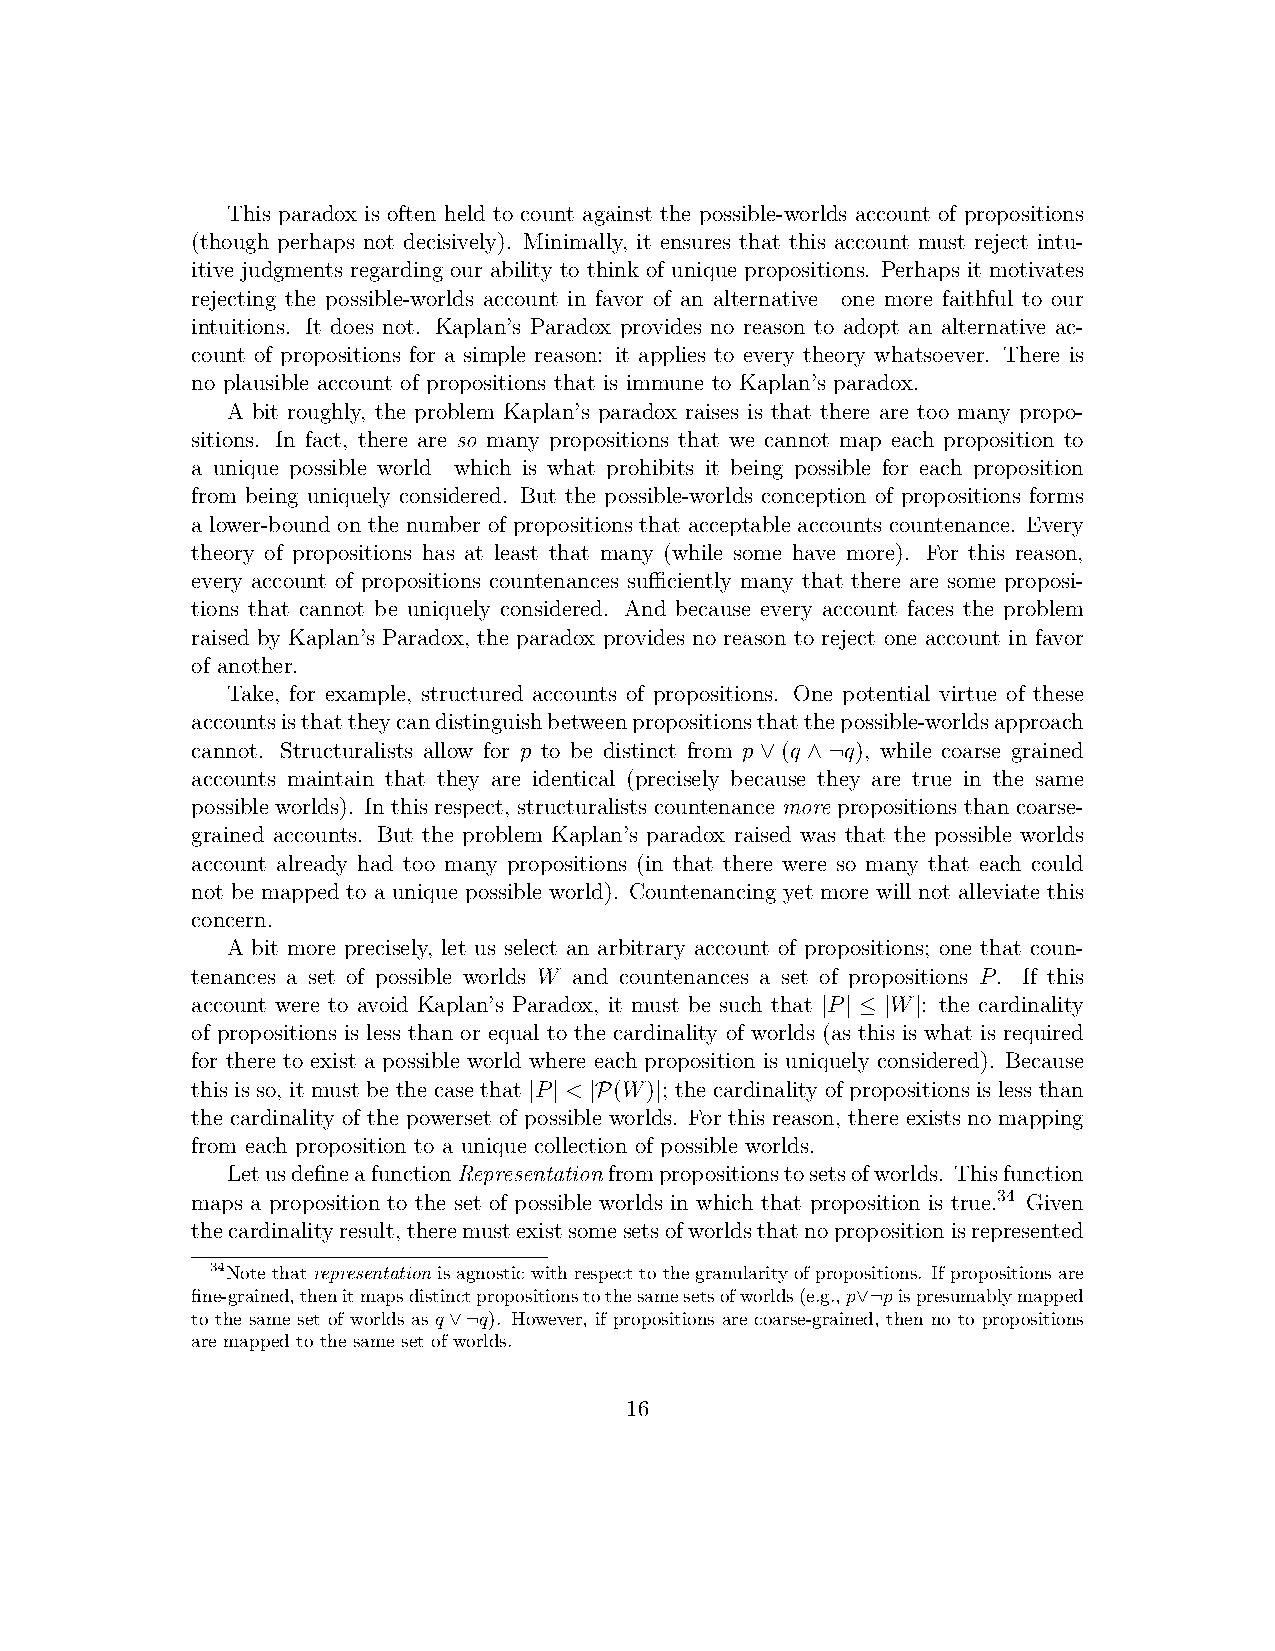
This paradox is often held to count against the possible-worlds account of propositions
 (though perhaps not decisively). Minimally, it ensures that this account must reject intu-
 itive judgments regarding our ability to think of unique propositions. Perhaps it motivates
 rejecting the possible-worlds account in favor of an alternative—one more faithful to our
 intuitions. It does not. Kaplan’s Paradox provides no reason to adopt an alternative ac-
 count of propositions for a simple reason: it applies to every theory whatsoever. There is
 no plausible account of propositions that is immune to Kaplan’s paradox.
 A bit roughly, the problem Kaplan’s paradox raises is that there are too many propo-
 sitions. In fact, there are so many propositions that we cannot map each proposition to
 a unique possible world—which is what prohibits it being possible for each proposition
 from being uniquely considered. But the possible-worlds conception of propositions forms
 a lower-bound on the number of propositions that acceptable accounts countenance. Every
 theory of propositions has at least that many (while some have more). For this reason,
 every account of propositions countenances sufficiently many that there are some proposi-
 tions that cannot be uniquely considered. And because every account faces the problem
 raised by Kaplan’s Paradox, the paradox provides no reason to reject one account in favor
 of another.
 Take, for example, structured accounts of propositions. One potential virtue of these
 accountsisthattheycandistinguishbetweenpropositionsthatthepossible-worldsapproach
 cannot. Structuralists allow for p to be distinct from p (q q), while coarse grained
 ∨  ∧ ¬
 accounts maintain that they are identical (precisely because they are true in the same
 possible worlds). In this respect, structuralists countenance more propositions than coarse-
 grained accounts. But the problem Kaplan’s paradox raised was that the possible worlds
 account already had too many propositions (in that there were so many that each could
 not be mapped to a unique possible world). Countenancing yet more will not alleviate this
 concern.
 A bit more precisely, let us select an arbitrary account of propositions; one that coun-
 tenances a set of possible worlds W and countenances a set of propositions P. If this
 account were to avoid Kaplan’s Paradox, it must be such that P W : the cardinality
 | | ≤ | |
 of propositions is less than or equal to the cardinality of worlds (as this is what is required
 for there to exist a possible world where each proposition is uniquely considered). Because
 this is so, it must be the case that P < (W) ; the cardinality of propositions is less than
 | | |P  |
 the cardinality of the powerset of possible worlds. For this reason, there exists no mapping
 from each proposition to a unique collection of possible worlds.
 LetusdefineafunctionRepresentationfrompropositionstosetsofworlds. Thisfunction
 maps a proposition to the set of possible worlds in which that proposition is true.34 Given
 thecardinalityresult,theremustexistsomesetsofworldsthatnopropositionisrepresented
 34Notethatrepresentationisagnosticwithrespecttothegranularityofpropositions. Ifpropositionsare
 fine-grained,thenitmapsdistinctpropositionstothesamesetsofworlds(e.g.,p pispresumablymapped
 ∨¬
 to the same set of worlds as q q). However, if propositions are coarse-grained, then no to propositions
 ∨¬
 are mapped to the same set of worlds.
 16